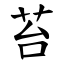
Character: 苔